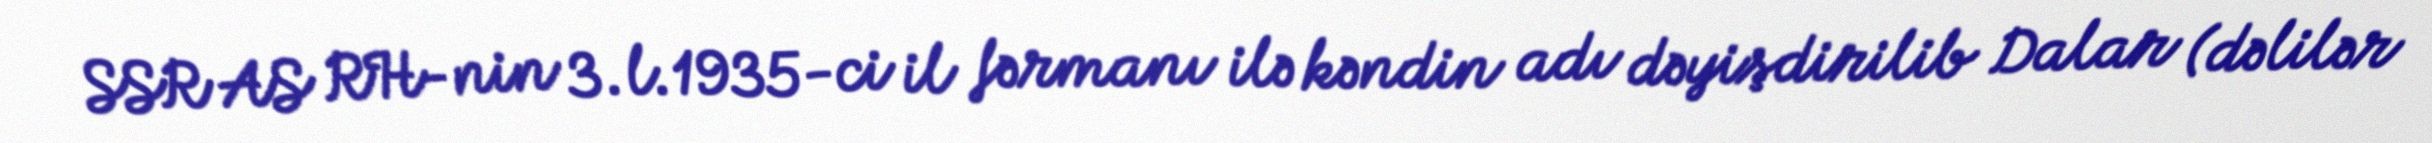
SSR AS RH-nin 3.l.1935-ci il fərmanı ilə kəndin adı dəyişdirilib Dalar (dəlilər